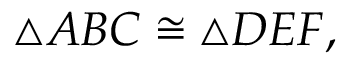
\triangle A B C \cong \triangle D E F ,